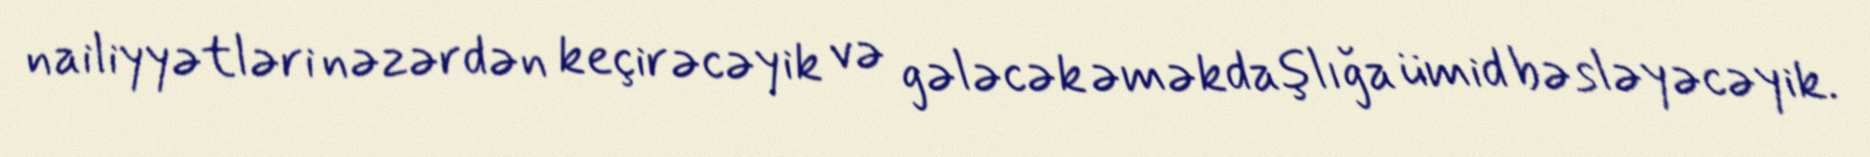
nailiyyətləri nəzərdən keçirəcəyik və gələcək əməkdaşlığa ümid bəsləyəcəyik.